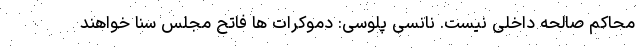
محاکم صالحه داخلی نیست. نانسی پلوسی: دموکرات ها فاتح مجلس سنا خواهند